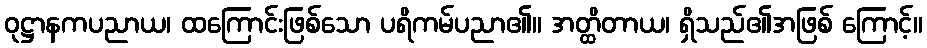
ဝုဋ္ဌာနကပညာယ၊ ထကြောင်းဖြစ်သော ပရိကမ်ပညာ၏။ အတ္ထိတာယ၊ ရှိသည်၏အဖြစ် ကြောင့်။